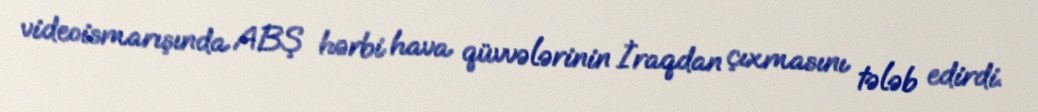
videoismarışında ABŞ hərbi hava qüvvələrinin İraqdan çıxmasını tələb edirdi.